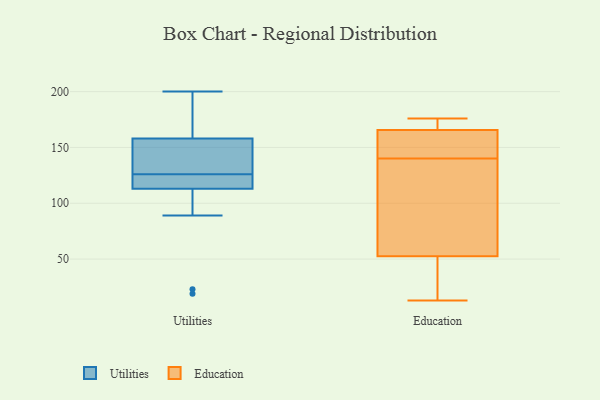
{"axis": {"x": "Production Output", "y": "Value"}, "legend": ["Education", "Utilities"], "data": [{"x": "", "y": 164, "type": "Utilities"}, {"x": "", "y": 117, "type": "Utilities"}, {"x": "", "y": 180, "type": "Utilities"}, {"x": "", "y": 121, "type": "Utilities"}, {"x": "", "y": 131, "type": "Utilities"}, {"x": "", "y": 89, "type": "Utilities"}, {"x": "", "y": 158, "type": "Utilities"}, {"x": "", "y": 150, "type": "Utilities"}, {"x": "", "y": 19, "type": "Utilities"}, {"x": "", "y": 200, "type": "Utilities"}, {"x": "", "y": 94, "type": "Utilities"}, {"x": "", "y": 119, "type": "Utilities"}, {"x": "", "y": 179, "type": "Utilities"}, {"x": "", "y": 113, "type": "Utilities"}, {"x": "", "y": 145, "type": "Utilities"}, {"x": "", "y": 117, "type": "Utilities"}, {"x": "", "y": 23, "type": "Utilities"}, {"x": "", "y": 144, "type": "Utilities"}, {"x": "", "y": 54, "type": "Education"}, {"x": "", "y": 174, "type": "Education"}, {"x": "", "y": 20, "type": "Education"}, {"x": "", "y": 140, "type": "Education"}, {"x": "", "y": 166, "type": "Education"}, {"x": "", "y": 13, "type": "Education"}, {"x": "", "y": 176, "type": "Education"}, {"x": "", "y": 95, "type": "Education"}, {"x": "", "y": 38, "type": "Education"}, {"x": "", "y": 170, "type": "Education"}, {"x": "", "y": 155, "type": "Education"}, {"x": "", "y": 68, "type": "Education"}, {"x": "", "y": 144, "type": "Education"}, {"x": "", "y": 164, "type": "Education"}, {"x": "", "y": 52, "type": "Education"}]}